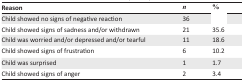
<table><thead><tr><td><b>Reason</b></td><td><b><i>n</i></b></td><td><b>%</b></td></tr></thead><tbody><tr><td>Child showed no signs of negative reaction</td><td>36</td><td>[EMPTY_CELL]</td></tr><tr><td>Child showed signs of sadness and/or withdrawn</td><td>21</td><td>35.6</td></tr><tr><td>Child was worried and/or depressed and/or tearful</td><td>11</td><td>18.6</td></tr><tr><td>Child showed signs of frustration</td><td>6</td><td>10.2</td></tr><tr><td>Child was surprised</td><td>1</td><td>1.7</td></tr><tr><td>Child showed signs of anger</td><td>2</td><td>3.4</td></tr></tbody></table>